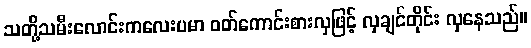
သတို့သမီးလောင်းကလေးပမာ ဝတ်ကောင်းစားလှဖြင့် လှချင်တိုင်း လှနေသည်။